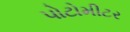
પોટોમીટર